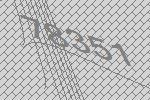
78351